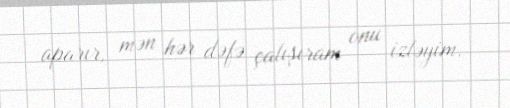
aparır, mən hər dəfə çalışıram onu izləyim.